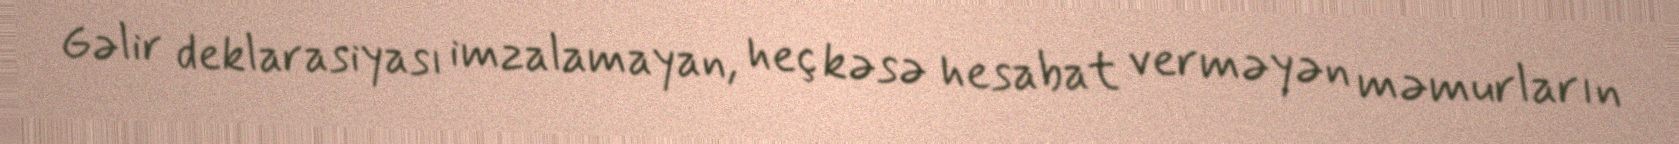
Gəlir deklarasiyası imzalamayan, heç kəsə hesabat verməyən məmurların